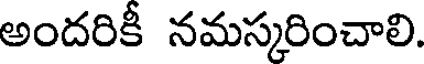
అందరికీ నమస్కరించాలి.